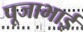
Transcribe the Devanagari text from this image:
पूजाभाई